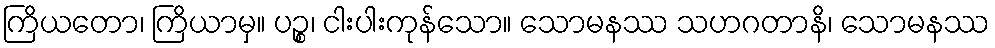
ကြိယတော၊ ကြိယာမှ။ ပဉ္စ၊ ငါးပါးကုန်သော။ သောမနဿ သဟဂတာနိ၊ သောမနဿ